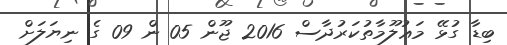
ބިޑާ ގުޅޭ މަޢުލޫމާތުކަރުދާސް 2016 ޖޫން 05 ން 09 ގެ ނިޔަލަށް